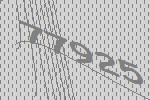
77925